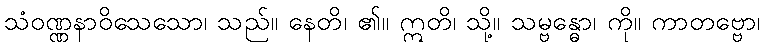
သံဝဏ္ဏနာဝိသေသော၊ သည်။ နေတိ၊ ၏။ ဣတိ၊ သို့။ သမ္ဗန္ဓော၊ ကို။ ကာတဗ္ဗော၊